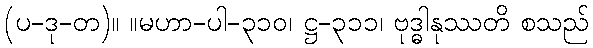
(ပ-ဒု-တ)။ ။မဟာ-ပါ-၃၁၀၊ ဋ္ဌ-၃၁၁၊ ဗုဒ္ဓါနုဿတိ စသည်